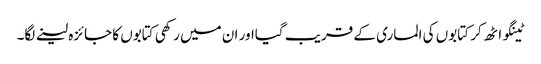
ٹینگو اٹھ کر کتابوں کی الماری کے قریب گیااور ان میں رکھی کتابوں کا جائزہ لینے لگا۔